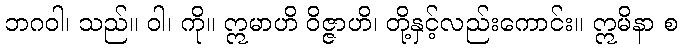
ဘဂဝါ၊ သည်။ ဝါ၊ ကို။ ဣမာဟိ ဝိဇ္ဇာဟိ၊ တို့နှင့်လည်းကောင်း။ ဣမိနာ စ